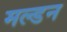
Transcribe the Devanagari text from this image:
मल्‍डन